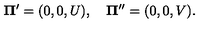
{ \bf \Pi ^ { \prime } } = ( 0 , 0 , U ) , \quad { \bf \Pi } ^ { \prime \prime } = ( 0 , 0 , V ) { . }